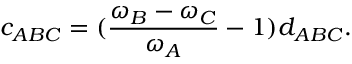
c _ { A B C } = ( \frac { \omega _ { B } - \omega _ { C } } { \omega _ { A } } - 1 ) d _ { A B C } .